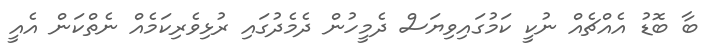
ބާ ބޮޑު އެއްޗެއް ނުކީ ކަމުގައިވިޔަސް ދެމީހުން ދެމެދުގައި ރުޅިވެރިކަމެއް ނެތްކަން އެއީ